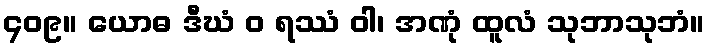
၄၀၉။ ယောဓ ဒီဃံ ဝ ရဿံ ဝါ၊ အဏုံ ထူလံ သုဘာသုဘံ။